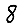
Digit: 8